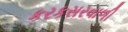
કરકસરવાળી